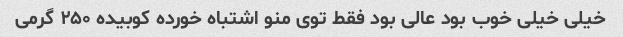
خیلی خیلی خوب بود عالی بود فقط توی منو اشتباه خورده کوبیده ٢۵٠ گرمی